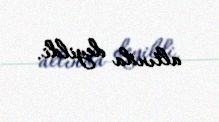
altında deyildi.